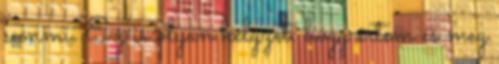
semmi. Ez is olyan helyzet, hogy értem és meg